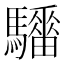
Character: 𱄺